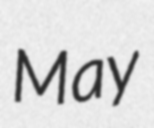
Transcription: May